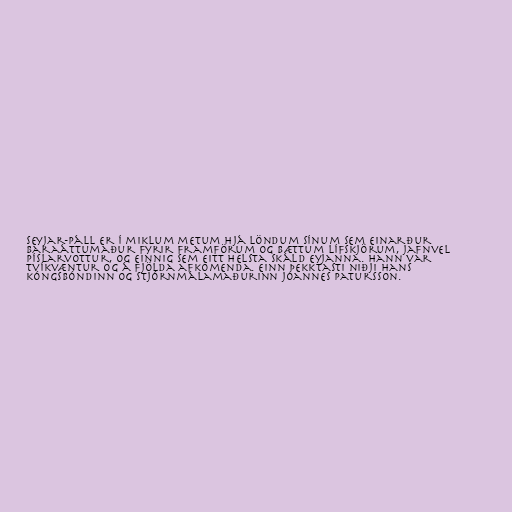
seyjar-Páll er í miklum metum hjá löndum sínum sem einarður
baraáttumaður fyrir framförum og bættum lífskjörum, jafnvel
píslarvottur, og einnig sem eitt helsta skáld eyjanna. Hann var
tvíkvæntur og á fjölda afkomenda. Einn þekktasti niðji hans
kóngsbóndinn og stjórnmálamaðurinn Jóannes Patursson.